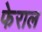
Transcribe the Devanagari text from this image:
फेराल